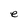
Character: e